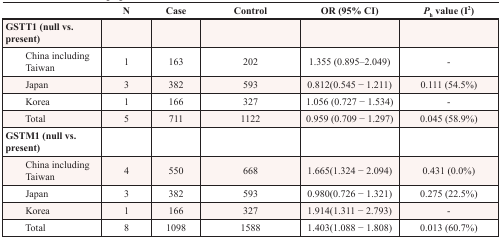
<table><thead><tr><td></td><td><b>N</b></td><td><b>Case</b></td><td><b>Control</b></td><td><b>OR (95% CI)</b></td><td><b><i>P</i><sub>h</sub> value (I<sup>2</sup>)</b></td></tr></thead><tbody><tr><td><b>GSTT1 (null vs. present)</b></td><td></td><td></td><td></td><td></td><td></td></tr><tr><td>China including Taiwan</td><td>1</td><td>163</td><td>202</td><td>1.355 (0.895–2.049)</td><td>-</td></tr><tr><td>Japan</td><td>3</td><td>382</td><td>593</td><td>0.812(0.545 – 1.211)</td><td>0.111 (54.5%)</td></tr><tr><td>Korea</td><td>1</td><td>166</td><td>327</td><td>1.056 (0.727 – 1.534)</td><td>-</td></tr><tr><td>Total</td><td>5</td><td>711</td><td>1122</td><td>0.959 (0.709 – 1.297)</td><td>0.045 (58.9%)</td></tr><tr><td><b>GSTM1 (null vs. present)</b></td><td></td><td></td><td></td><td></td><td></td></tr><tr><td>China including Taiwan</td><td>4</td><td>550</td><td>668</td><td>1.665(1.324 – 2.094)</td><td>0.431 (0.0%)</td></tr><tr><td>Japan</td><td>3</td><td>382</td><td>593</td><td>0.980(0.726 – 1.321)</td><td>0.275 (22.5%)</td></tr><tr><td>Korea</td><td>1</td><td>166</td><td>327</td><td>1.914(1.311 – 2.793)</td><td>-</td></tr><tr><td>Total</td><td>8</td><td>1098</td><td>1588</td><td>1.403(1.088 – 1.808)</td><td>0.013 (60.7%)</td></tr></tbody></table>